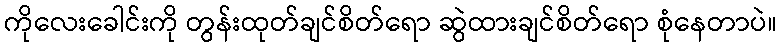
ကိုလေးခေါင်းကို တွန်းထုတ်ချင်စိတ်ရော ဆွဲထားချင်စိတ်ရော စုံနေတာပဲ။